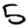
Digit: 5